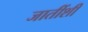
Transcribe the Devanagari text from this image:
जातींशीं